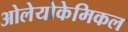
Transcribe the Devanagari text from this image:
ओलेयोकेमिकल